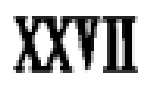
\text{XXVII}